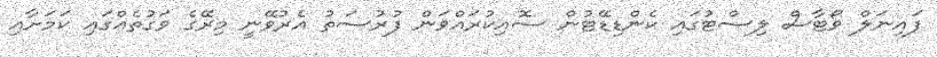
ފައިނަލް ވޯޓާސް ލިސްޓުގައި ކެންޑިޑޭޓުން ސޮއިކުރައްވަން ފުރުސަތު އެރުވޭނީ މިރޭގެ ވަގުތެއްގައި ކަމަށާއި